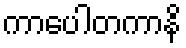
ကာပေါတကာနိ